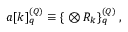
a [ k ] _ { q } ^ { ( Q ) } \equiv \{ \v { D } \otimes { R _ { k } } \v { D } \} _ { q } ^ { ( Q ) } \, ,